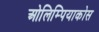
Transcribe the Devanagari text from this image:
ओलिम्पियाकोस